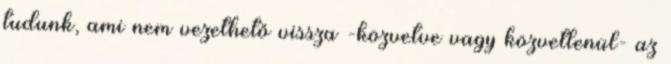
tudunk, ami nem vezethető vissza -közvetve vagy közvetlenül- az